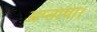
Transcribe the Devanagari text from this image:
अप्नाया।